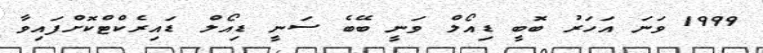
1999 ވަނަ އަހަރު ބޮބީ ޑިއޯލް ވަނީ ބޭބެ ސަނީ ޑިއޯލް ޑައިރެކްޓްކޮށްފައިވާ